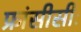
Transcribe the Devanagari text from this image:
फ्रांसीसीः